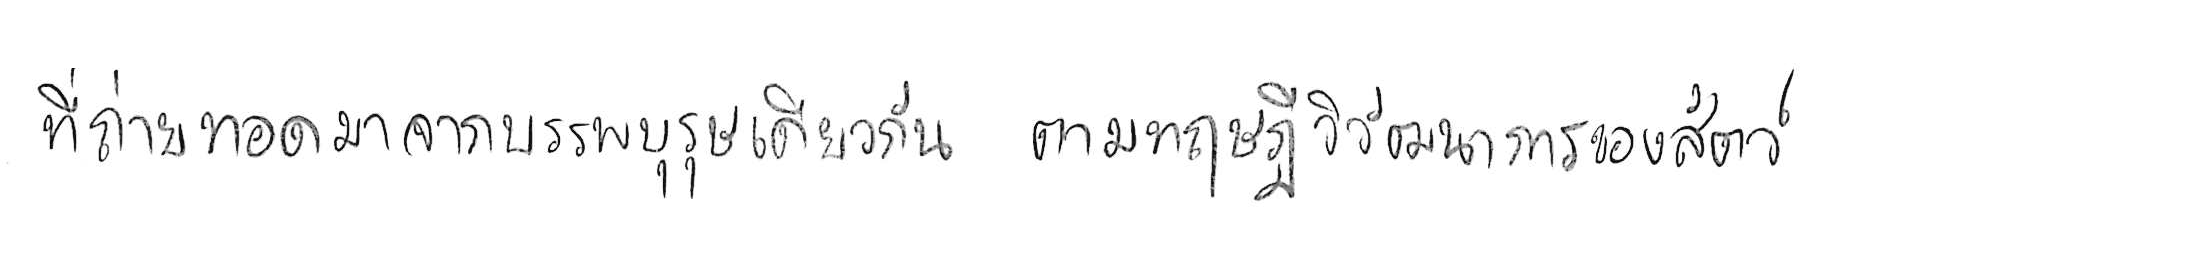
ที่ถ่ายทอดมาจากบรรพบุรุษเดียวกัน ตามทฤษฎีวิวัฒนาการของสัตว์